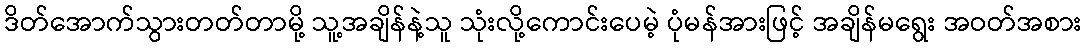
ဒိတ်အောက်သွားတတ်တာမို့ သူ့အချိန်နဲ့သူ သုံးလို့ကောင်းပေမဲ့ ပုံမန်အားဖြင့် အချိန်မရွေး အဝတ်အစား